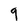
Character: 9